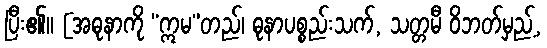
ပြီး၏။ [အဓုနာကို “ဣမ”တည်၊ ဓုနာပစ္စည်းသက်, သတ္တမီ ဝိဘတ်မှည့်,